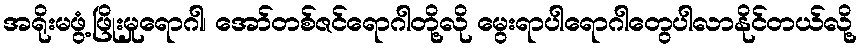
အရိုးမဖွံ့ဖြိုးမှုရောဂါ၊ အော်တစ်ဇင်ရောဂါတို့လို မွေးရာပါရောဂါတွေပါလာနိုင်တယ်လို့